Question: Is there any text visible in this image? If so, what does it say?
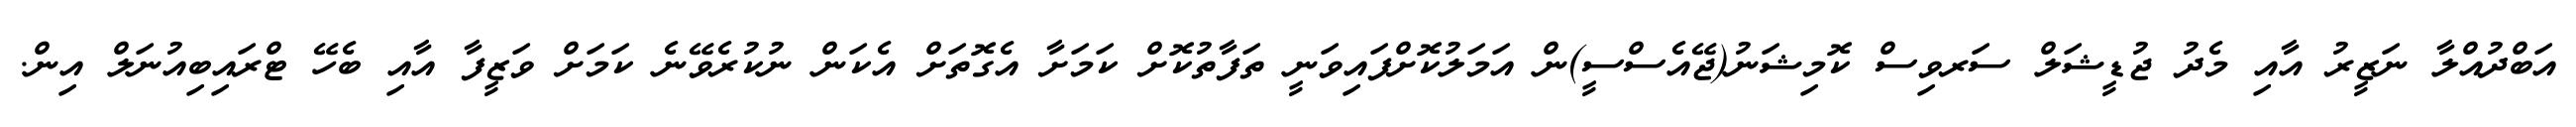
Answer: އަބްދުއްލާ ނަޒީރު އާއި މެދު ޖުޑީޝަލް ސަރވިސް ކޮމިޝަނު(ޖޭއެސްސީ)ން އަމަލުކޮށްފައިވަނީ ތަފާތުކޮށް ކަމަށާ އެގޮތަށް އެކަން ނުކުރެވޭނެ ކަމަށް ވަޒީފާ އާއި ބެހޭ ޓްރައިބިއުނަލް އިން.